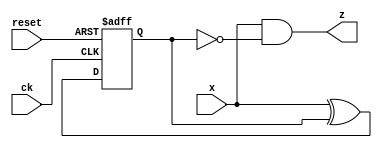
module kadai19_3(ck, reset, x, z);
    input ck, reset;
    input x;
    output z;

    reg q;
    wire qn;

    assign z = x & ~q;
    assign qn = x ^ q;

    always @( posedge ck or posedge reset )
        begin
            if (reset == 1'b1)
                q <= 1'b0;
            else
                q <= qn;
        end

endmodule